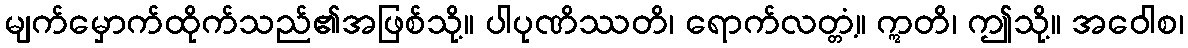
မျက်မှောက်ထိုက်သည်၏အဖြစ်သို့။ ပါပုဏိဿတိ၊ ရောက်လတ္တံ့။ ဣတိ၊ ဤသို့။ အဝေါစ၊